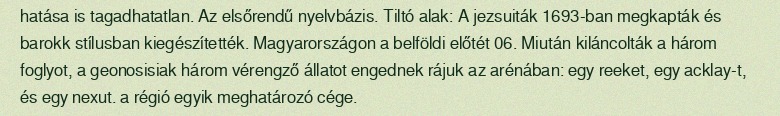
hatása is tagadhatatlan. Az elsőrendű nyelvbázis. Tiltó alak: A jezsuiták 1693-ban megkapták és barokk stílusban kiegészítették. Magyarországon a belföldi előtét 06. Miután kiláncolták a három foglyot, a geonosisiak három vérengző állatot engednek rájuk az arénában: egy reeket, egy acklay-t, és egy nexut. a régió egyik meghatározó cége.